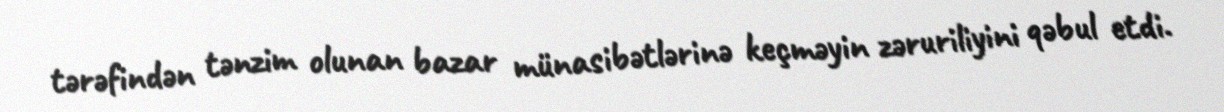
tərəfindən tənzim olunan bazar münasibətlərinə keçməyin zəruriliyini qəbul etdi.